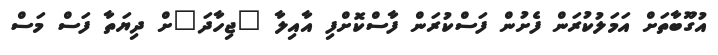
އުގޫބާތަށް އަމަލުކުރަން ފެށުން ފަސްކުރަން ފާސްކޮށްފި އާއިލާ "ޖިހާދަ"ށް ދިޔަތާ ފަސް މަސް